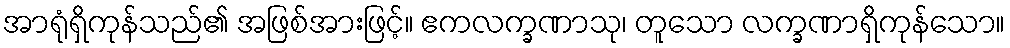
အာရုံရှိကုန်သည်၏ အဖြစ်အားဖြင့်။ ဧကလက္ခဏာသု၊ တူသော လက္ခဏာရှိကုန်သော။